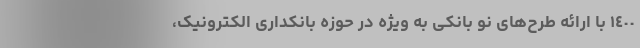
١٤٠٠ با ارائه طرح‌های نو بانکی به ویژه در حوزه بانکداری الکترونیک،